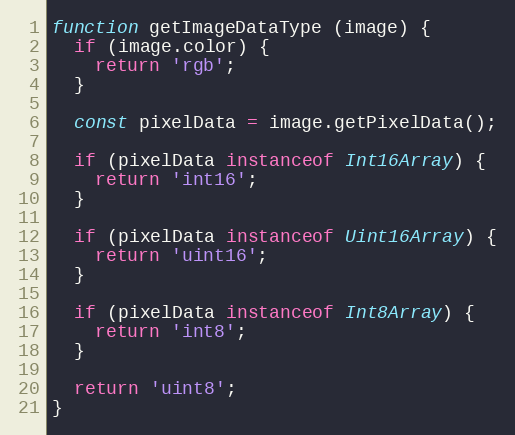
Language: JavaScript
function getImageDataType (image) {
  if (image.color) {
    return 'rgb';
  }

  const pixelData = image.getPixelData();

  if (pixelData instanceof Int16Array) {
    return 'int16';
  }

  if (pixelData instanceof Uint16Array) {
    return 'uint16';
  }

  if (pixelData instanceof Int8Array) {
    return 'int8';
  }

  return 'uint8';
}